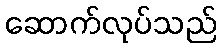
ဆောက်လုပ်သည်